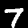
Label: 7